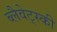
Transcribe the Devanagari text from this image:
ब्लैवेट्स्की